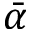
\bar { \alpha }